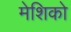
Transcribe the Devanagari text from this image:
मेशिको